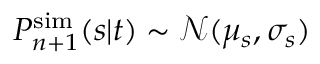
P _ { n + 1 } ^ { \mathrm { s i m } } ( s | t ) \sim \mathcal { N } ( \mu _ { s } , \sigma _ { s } )